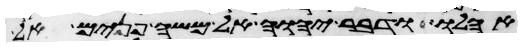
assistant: אהלו ודבר יהוה אל משה פנים אל